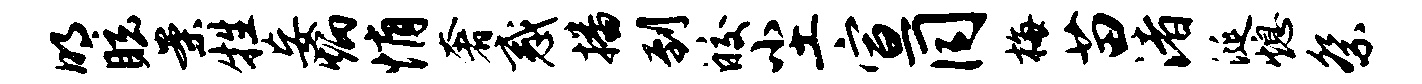
明眩案牲妄炳悄奢惑播到皎尘宣同梅苗渚涎熄祭